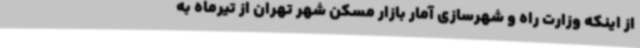
از اینکه وزارت راه و شهرسازی آمار بازار مسکن شهر تهران از تیرماه به